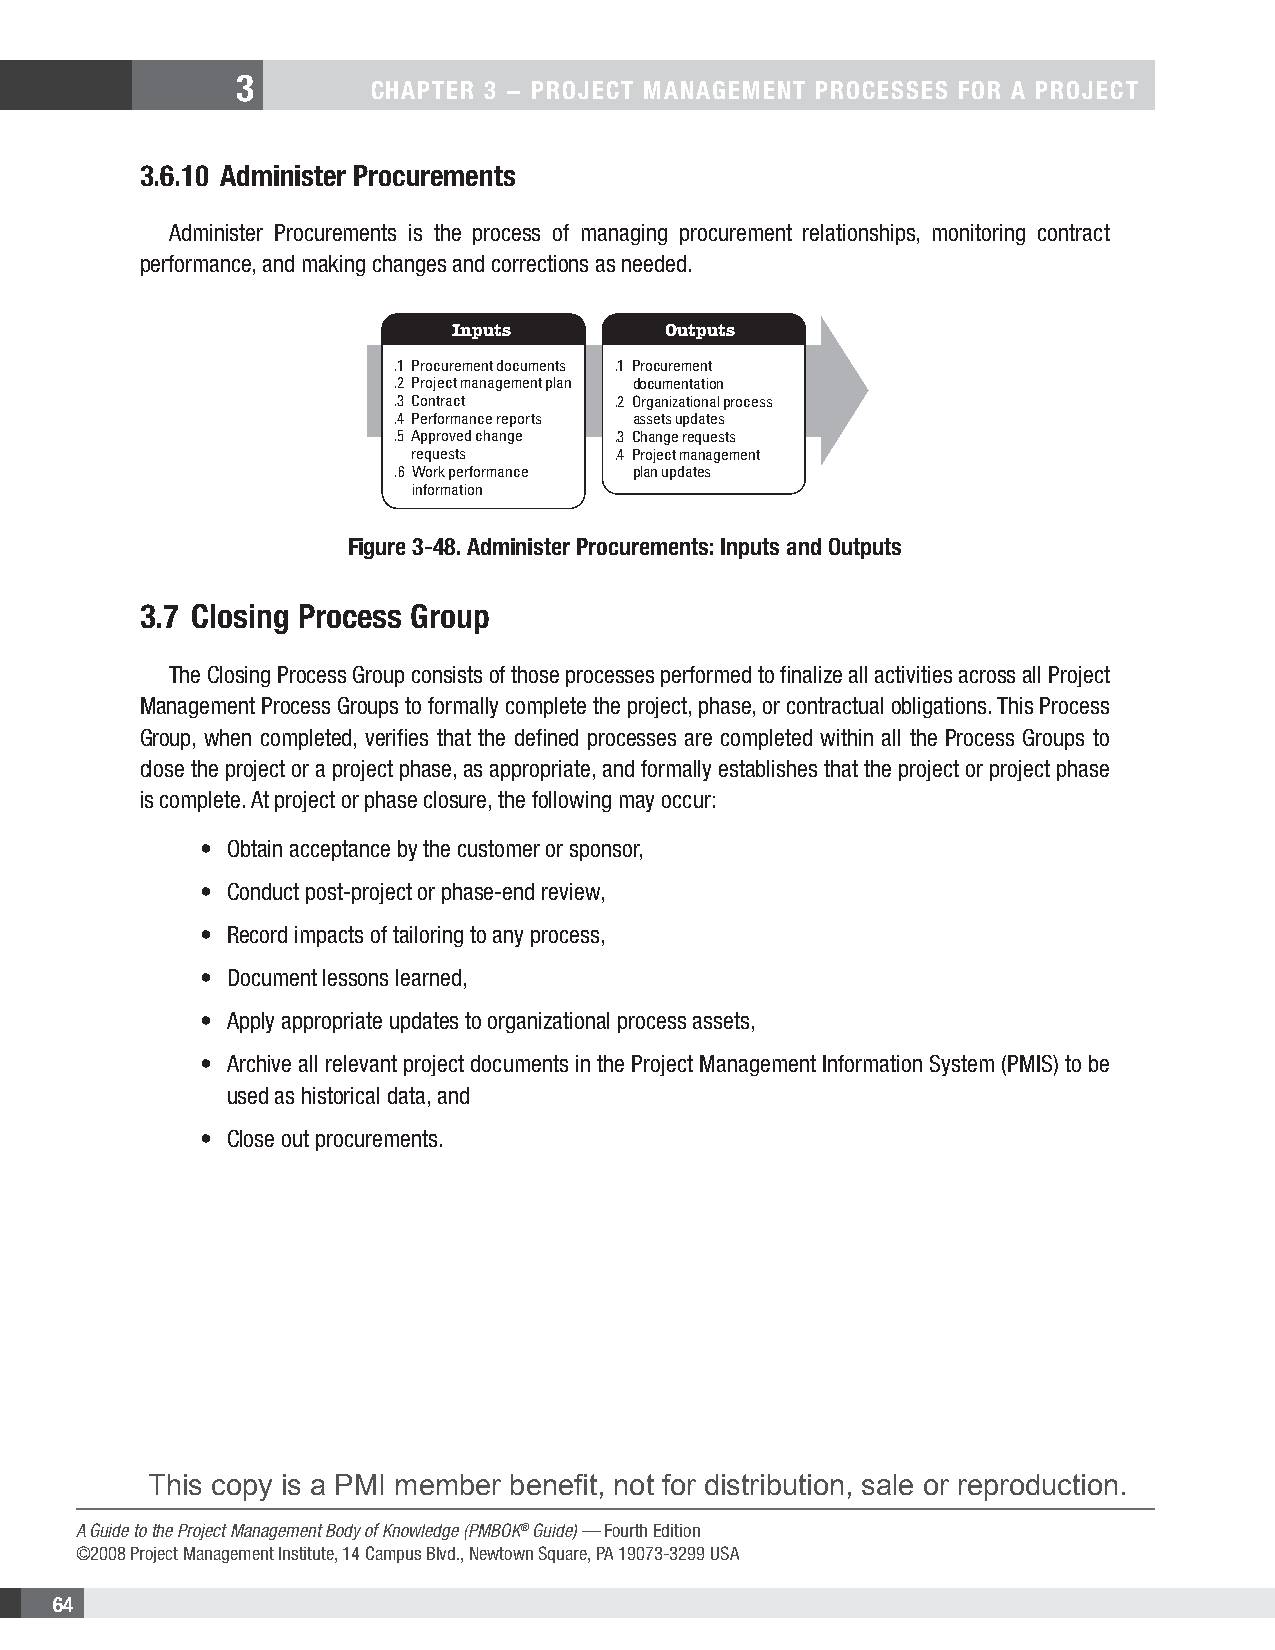
3
 CHAPTER 3 − PROJECT MANAGEMENT PROCESSES FOR A PROJECT
 3.6.10 Administer Procurements
 Administer Procurements is the process of managing procurement relationships, monitoring contract
 performance, and making changes and corrections as needed.
 Inputs        Outputs
 .1 Procurement documents .1 Procurement
 .2 Project management plan documentation
 .3 Contract    .2 Organizational process
 .4 Performance reports assets updates
 .5 Approved change .3 Change requests
 requests      .4 Project management
 .6 Work performance plan updates
 information
 Figure 3-48. Administer Procurements: Inputs and Outputs
 3.7 Closing Process Group
 The Closing Process Group consists of those processes performed to finalize all activities across all Project
 Management Process Groups to formally complete the project, phase, or contractual obligations. This Process
 Group, when completed, verifies that the defined processes are completed within all the Process Groups to
 close the project or a project phase, as appropriate, and formally establishes that the project or project phase
 is complete. At project or phase closure, the following may occur:
 • Obtain acceptance by the customer or sponsor,
 • Conduct post-project or phase-end review,
 • Record impacts of tailoring to any process,
 • Document lessons learned,
 • Apply appropriate updates to organizational process assets,
 • Archive all relevant project documents in the Project Management Information System (PMIS) to be
 used as historical data, and
 • Close out procurements.
 This copy is a PMI member benefit, not for distribution, sale or reproduction.
 A Guide to the Project Management Body of Knowledge (PMBOK® Guide) — Fourth Edition
 ©2008 Project Management Institute, 14 Campus Blvd., Newtown Square, PA 19073-3299 USA
 64